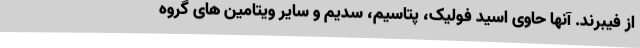
از فیبرند. آنها حاوی اسید فولیک، پتاسیم، سدیم و سایر ویتامین های گروه